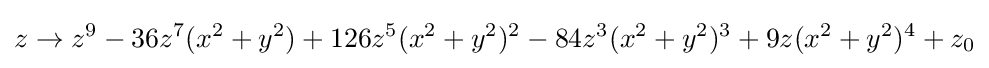
z\to z^{9}-36z^{7}(x^{2}+y^{2})+126z^{5}(x^{2}+y^{2})^{2}-84z^{3}(x^{2}+y^{2})^{3}+9z(x^{2}+y^{2})^{4}+z_{0}